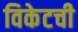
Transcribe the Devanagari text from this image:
विकेटची